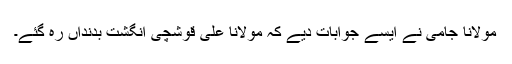
مولانا جامی نے ایسے جوابات دیے کہ مولانا علی قوشچی انگشت بدنداں رہ گئے۔